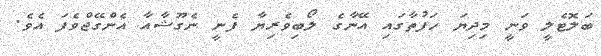
ބަލޮޓެލީ ވަނީ މިދިޔަ ހަފުތާގައި އޭނާގެ ލޯބިވެރިޔާ ފެނީ ނެގޫޝާއާ އެންގޭޖްވެފަ އެވެ.